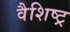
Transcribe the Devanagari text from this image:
वैशिष्ट्र